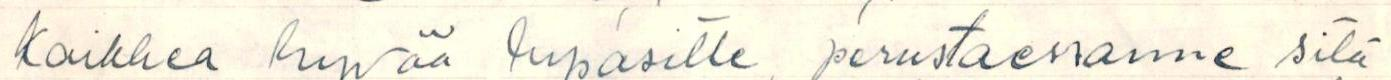
kaikkea hyvää lupasitte perustaessanne sitä